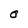
Character: O